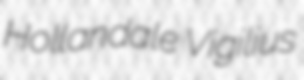
Hollandale Vigilius